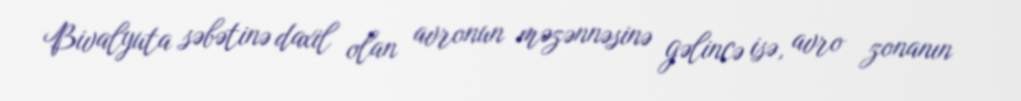
Bivalyuta səbətinə daxil olan avronun məzənnəsinə gəlincə isə, avro zonanın